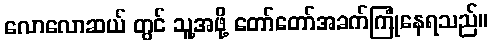
လောလောဆယ် တွင် သူ့အဖို့ တော်တော်အခက်ကြုံနေရသည်။